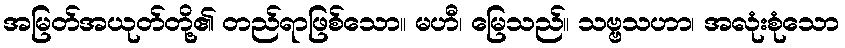
အမြတ်အယုတ်တို့၏ တည်ရာဖြစ်သော။ မဟီ၊ မြေသည်။ သဗ္ဗသဟာ၊ အလုံးစုံသော